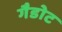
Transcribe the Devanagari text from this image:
गैडोट